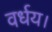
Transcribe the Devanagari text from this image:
वर्धय।